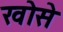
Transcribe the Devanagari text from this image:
खोसे